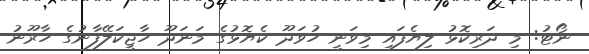
ނޯޓު: މި ދަރިކޮޅު ލިޔެފައި މިވަނީ ހުވަދޫ ކެޔޮޅުގެ މަނަދޫ ހާޖީކަލޭފާނުގެ ހާރޫނު